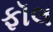
ફૉલ